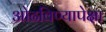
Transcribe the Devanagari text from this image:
ओढविण्यापेक्षा